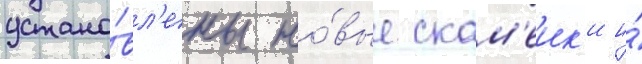
устано́вл'ены но́вые скам'еик'и и́